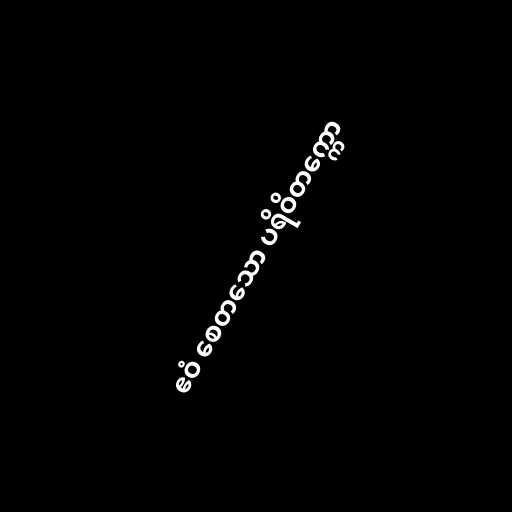
ဧဝံ စေတသော ပရိဝိတက္ကော